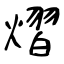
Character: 熠